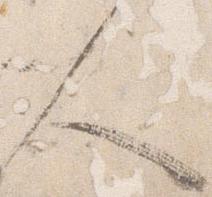
人